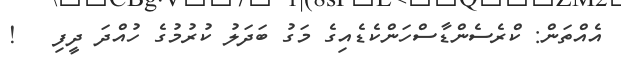
އެއްތަން: ކްރެސެންޑާސްހަންކެޑެއިގެ މަގު ބަދަލު ކުރުމުގެ ހުއްދަ ދީފި   !